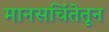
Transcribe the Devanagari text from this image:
मानसचिंतेतून